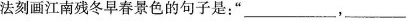
法刻画江南残冬早春景色的句子是：”___，___